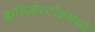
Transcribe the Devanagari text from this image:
ब्लाडिओस्टॉकमध्ये